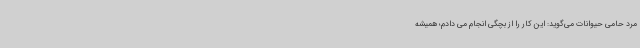
مرد حامی حیوانات می‌گوید: این کار را از بچگی انجام می دادم؛ همیشه